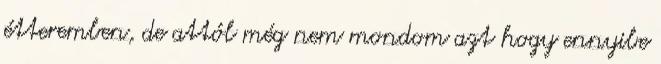
étteremben, de attól még nem mondom azt hogy ennyibe